Source: Handwritten
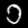
Digit: ၁ (1)